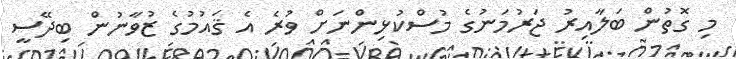
މި ގޮތުން ބަލާއިރު ޖަރުމަނުގެ މުސްކުޅިންނަށް ވުރެ އެ ޤައުމުގެ ޒުވާނުން ބިދޭސީ